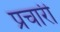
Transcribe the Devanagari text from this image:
प्रचारी